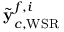
\tilde { { \bf y } } _ { c , \mathrm { W S R } } ^ { f , i }